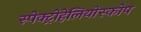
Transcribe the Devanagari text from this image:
स्पेक्ट्रोहेलियोस्कोप